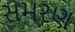
સમરણ